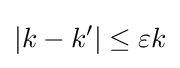
|k-k'|\leq \varepsilon k